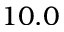
1 0 . 0